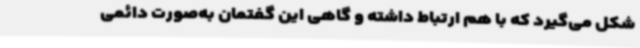
شکل می‌گیرد که با هم ارتباط داشته ‌و گاهی این گفتمان به‌صورت دائمی